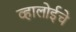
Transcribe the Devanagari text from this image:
व्हालोईचे